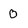
Character: 0